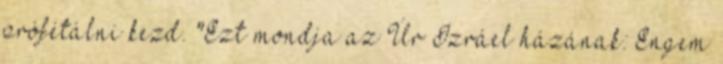
prófétálni kezd. "Ezt mondja az Úr Izráel házának: Engem